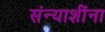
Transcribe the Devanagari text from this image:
संन्याशींना